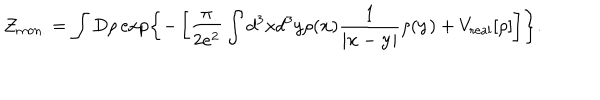
{ \cal Z } _ { \mathrm { m o n . } } = \int D \rho \exp \left\{ - \left[ \frac { \pi } { 2 e ^ { 2 } } \int d ^ { 3 } x d ^ { 3 } y \rho ( { \bf x } ) \frac { 1 } { | { \bf x } - { \bf y } | } \rho ( { \bf y } ) + V _ { \mathrm { r e a l } } [ \rho ] \right] \right\} .